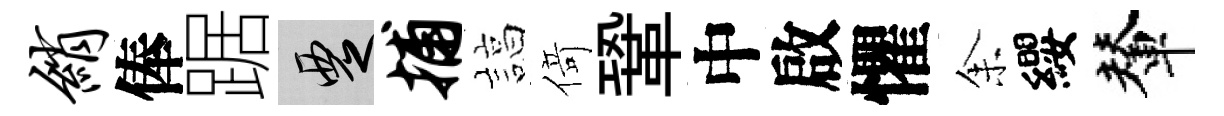
绡俸踞覂捕諄𠋣鞏中啟懼𪜬纓輦